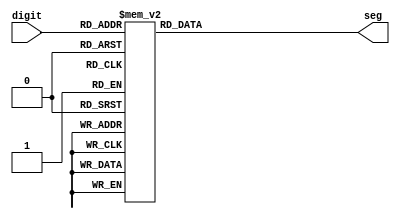
module seg7(digit, seg);

	input [3:0] digit;
	
	output [6:0] seg;
	
	reg [6:0] seg;

    always @(digit) 
	 begin
       case (digit)
         4'b0000: seg <= 7'b1000000;
         4'b0001: seg <= 7'b1111001;
         4'b0010: seg <= 7'b0100100;
         4'b0011: seg <= 7'b0110000;
         4'b0100: seg <= 7'b0011001;
         4'b0101: seg <= 7'b0010010;
         4'b0110: seg <= 7'b0000010;
         4'b0111: seg <= 7'b1111000;
         4'b1000: seg <= 7'b0000000;
         4'b1001: seg <= 7'b0010000;
			4'b1010: seg <= 7'b0001000;	// A (4bit)
			4'b1011: seg <= 7'b0000011;
			4'b1100: seg <= 7'b1000110;	
			4'b1101: seg <= 7'b0100001;	
			4'b1110: seg <= 7'b0110000;	
			4'b1111: seg <= 7'b0001110;	
			endcase 
    end

endmodule